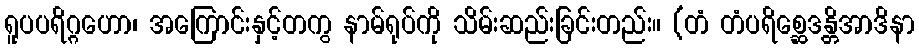
ရူပပရိဂ္ဂဟော၊ အကြောင်းနှင့်တကွ နာမ်ရုပ်ကို သိမ်းဆည်းခြင်းတည်း။ (တံ တံပရိစ္ဆေဒန္တိအာဒိနာ